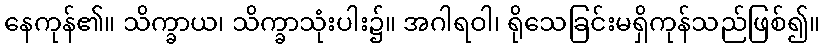
နေကုန်၏။ သိက္ခာယ၊ သိက္ခာသုံးပါး၌။ အဂါရဝါ၊ ရိုသေခြင်းမရှိကုန်သည်ဖြစ်၍။